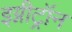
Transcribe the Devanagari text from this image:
इग्नीट्रॉन